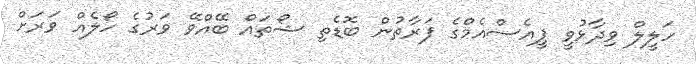
ހަލީލް ވިދާޅުވީ ޕީއެސްއެމްގެ ފަރާތުން ބޮޑެތި ޝޯތައް ބޭއްވޭ ވަރުގެ ހޯލެއް ވަރަށް